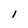
Character: l